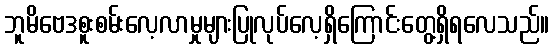
ဘူမိဗေဒစူးစမ်းလေ့လာမှုများပြုလုပ်လေ့ရှိကြောင်းတွေ့ရှိရလေသည်။